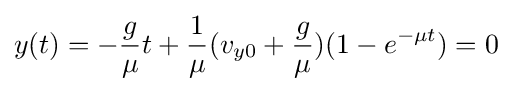
y(t)=-{\frac {g}{\mu }}t+{\frac {1}{\mu }}(v_{y0}+{\frac {g}{\mu }})(1-e^{-\mu t})=0